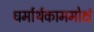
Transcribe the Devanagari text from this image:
धर्मार्थकाममोक्षं